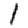
Digit: 1